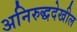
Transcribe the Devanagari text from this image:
अनिरुद्धदेखील